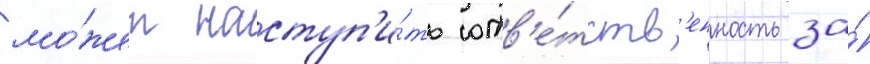
мо́жет наступ'и́ть отв'е́тств'енность за́